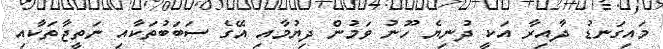
މައިގަނޑު ދާއިރާ އަކީ ދުނިޔެ ހޫނު ވަމުން ދިޔުމާއި އޭގެ ސަބަބުތަކާއި ނަތީޖާތަކާއި